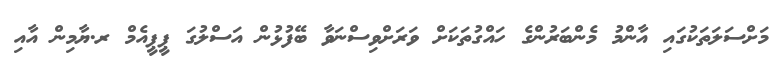
މަށްސަލަތަކުގައި އާންމު މެންބަރުންގެ ހައްގުތަކަށް ވަރަށްވިސްނަވާ ބޭފުޅުން އަސްލުގަ ޕީޕީއެމް ރ.ޔާމިން އާއި